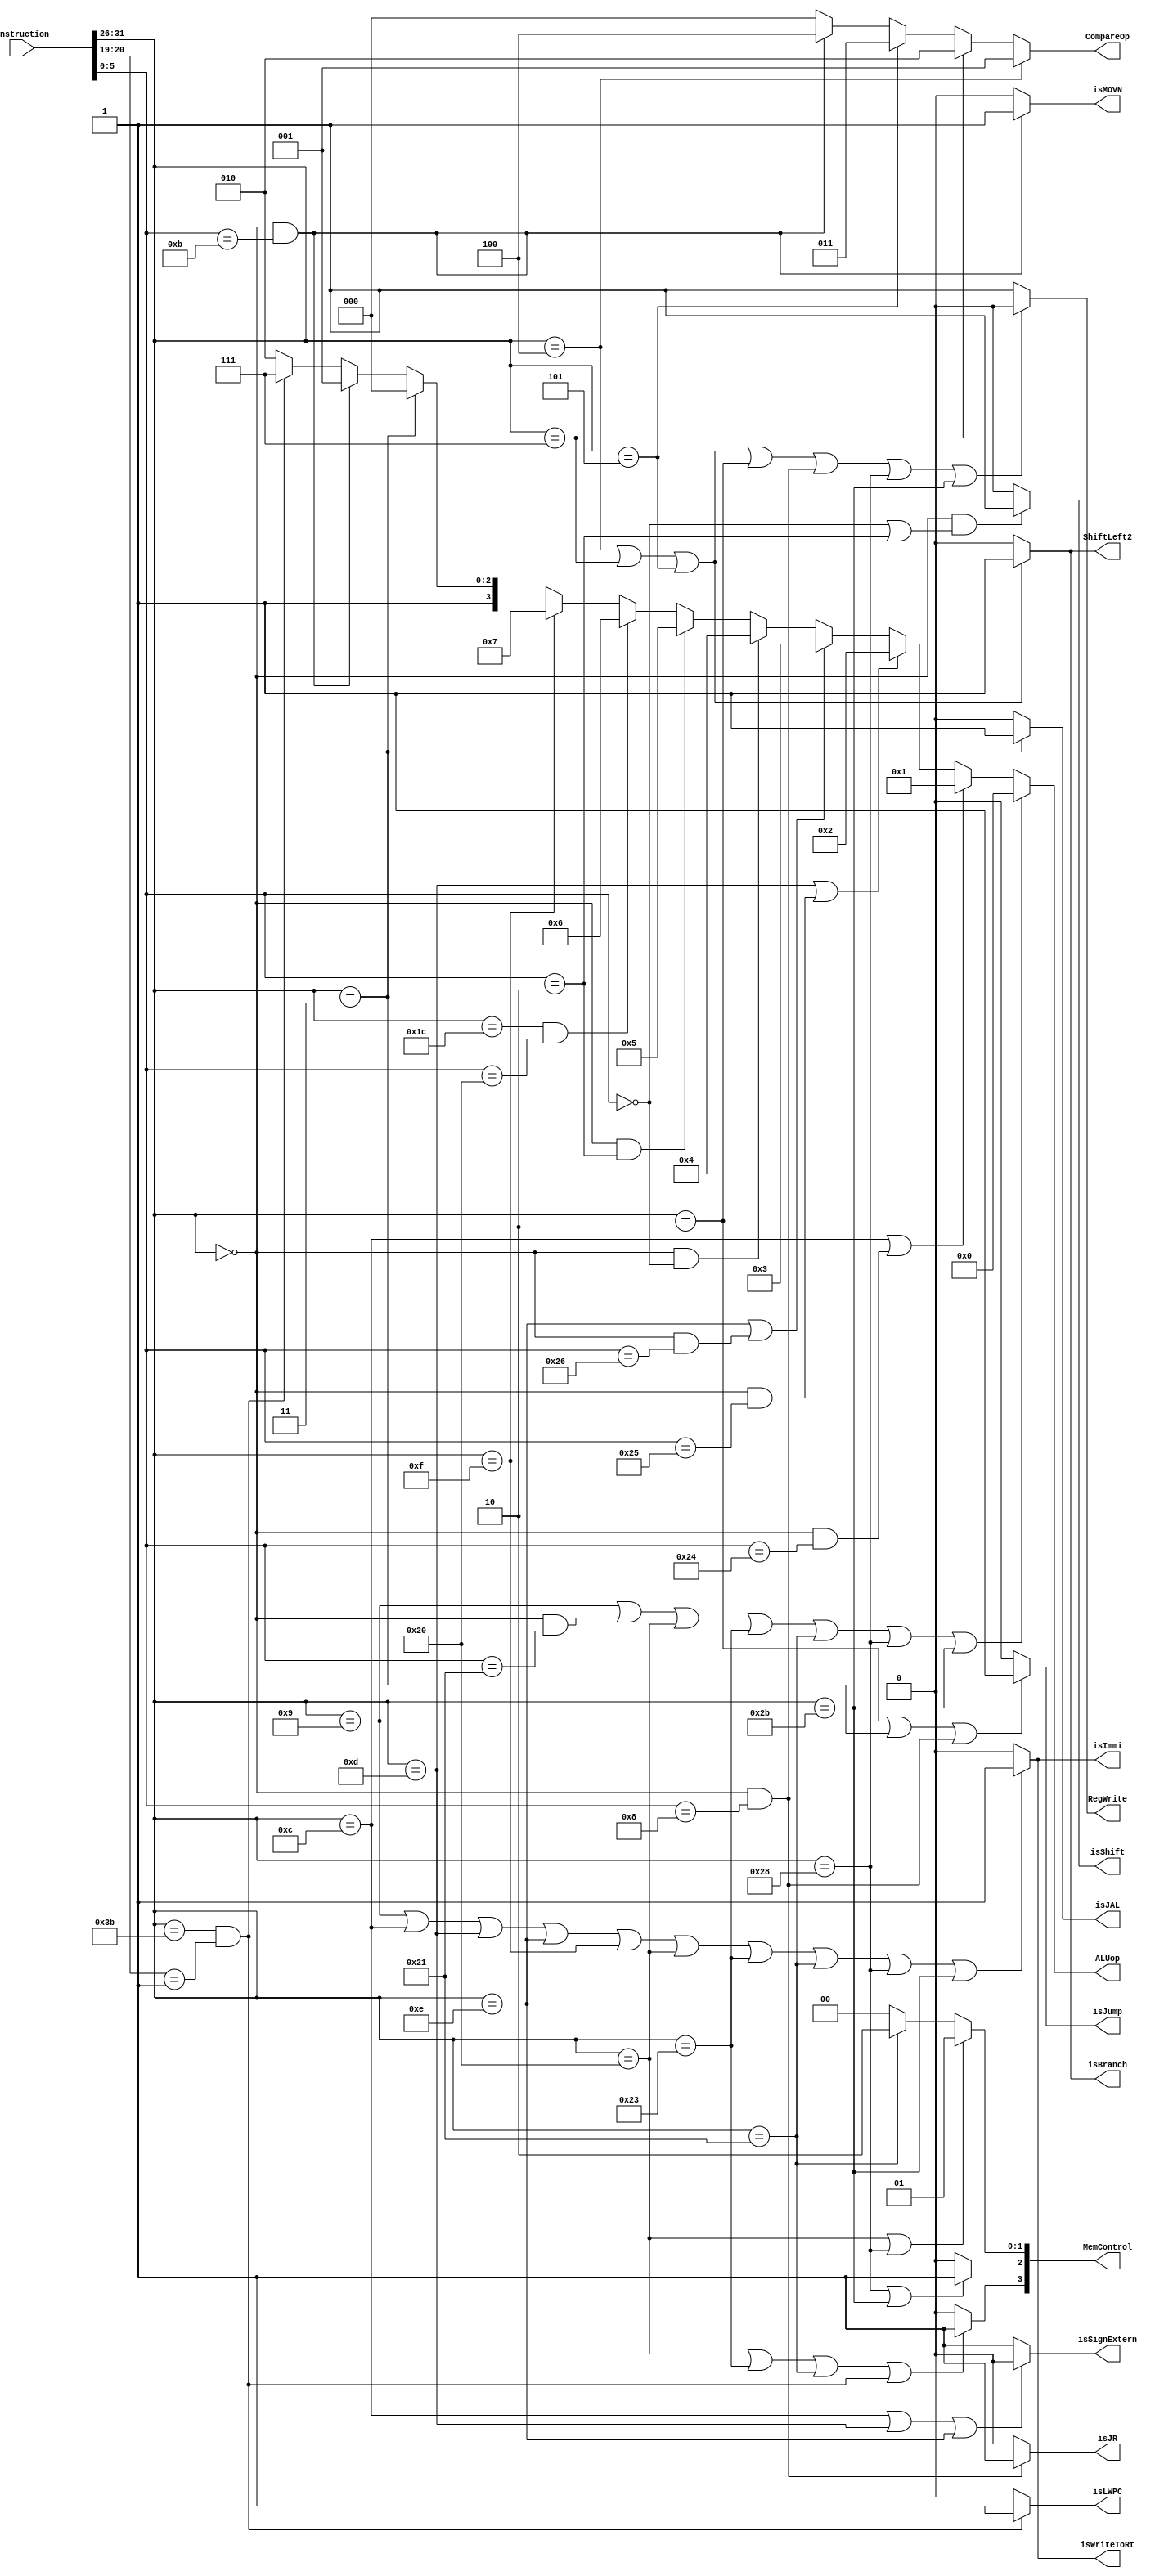
`default_nettype wire

// Op
`define ADDIU 6'b001001
`define ANDI  6'b001100
`define ORI   6'b001101
`define XORI  6'b001110
`define LUI   6'b001111
`define CLZ_OP   6'b011100
`define BEQ   6'b000100
`define BGTZ  6'b000111
`define BNE   6'b000101
`define J     6'b000010
`define JAL   6'b000011
`define LB    6'b100000
`define LW    6'b100011
`define LH    6'b100001
`define SB    6'b101000
`define SW    6'b101011
`define LWPC  6'b111011

//func
`define OR    6'b100101
`define XOR   6'b100110
`define ADDU  6'b100001
`define AND   6'b100100
`define CLZ_FUNC  6'b100000
`define SLL   6'b000000
`define SRL   6'b000010
`define JR    6'b001000
`define MOVN  6'b001011


module Controller(
    input [31:0] Instruction,
    output reg isJump,
    output reg isBranch,
    output reg [2:0] CompareOp,
    output reg RegWrite,
    output reg [3:0] MemControl,
    output reg [3:0] ALUop,
    output reg isMOVN,
    output reg isJR,
    output reg isJAL,
    output reg isShift,
    output reg isImmi,
    output reg isWriteToRt,
    output reg ShiftLeft2,
    output reg isSignExtern,
    output reg isLWPC
    );

    wire [5:0] Op;
    wire [5:0] Func;
    wire [1:0] Op2;
    assign Op = Instruction[31:26];
    assign Func = Instruction[5:0];
    assign Op2 = Instruction[20:19];
    reg MemWrite, MemRead;
    reg [1:0] MemLength;

    always @(*) begin
        if (Op==`LWPC && Op2==2'b01) isLWPC = 1'b1;
        else isLWPC = 1'b0;
    end

    always @(*) begin
        if (Op == `J || Op==`JAL || (Op==0 && Func==`JR)) begin
            isJump = 1'b1;
        end else begin
            isJump = 1'b0;
        end
    end

    always @(*) begin
        if (Op==`BEQ || Op==`BGTZ || Op==`BNE) begin
            isBranch = 1'b1;
            ShiftLeft2 = 1'b1;
        end else begin
            isBranch = 1'b0;
            ShiftLeft2 = 1'b0;
        end
    end

    always @(*) begin
        if (Op==`BEQ) CompareOp = 3'b001;
        else if (Op==`BGTZ) CompareOp = 3'b010;
        else if (Op==`BNE) CompareOp = 3'b011;
        else if (Op==0 && Func==`MOVN) CompareOp = 3'b100;
        else CompareOp = 3'b000;
    end

    always @(*) begin
        if (Op==`BEQ || Op==`BGTZ || Op==`BNE || Op==`J || (Op==0 && Func==`JR) || Op==`SB || Op==`SW) begin
            RegWrite = 1'b0;
        end else RegWrite = 1'b1;
    end
    
    always @(*) begin
        if (Op==`SB || Op==`SW) MemWrite = 1'b1;
        else MemWrite = 1'b0;
    end

    always @(*) begin
        if (Op==`LB || Op==`LW || Op==`LH ||(Op==`LWPC && Op2==2'b01)) MemRead = 1'b1;
        else MemRead = 1'b0;
    end

    always @(*) begin
        if (Op==`LB || Op==`SB) MemLength = 2'b01;
        else if (Op==`LH) MemLength = 2'b10;
        else MemLength = 2'b00;
    end

    always @(*) begin
        MemControl[3:0] = { MemRead, MemWrite, MemLength[1:0] };
    end

    always @(*) begin
        if (Op==`ADDIU || (Op==0 && Func==`ADDU) || Op==`LB || Op==`LW || Op==`LH || Op==`SB || Op==`SW) begin
            ALUop = 4'b0000;
        end else if (Op==`ANDI || (Op==0 && Func==`AND)) begin
            ALUop = 4'b0001;
        end else if (Op==`ORI || (Op==0 && Func==`OR)) begin
            ALUop = 4'b0010;
        end else if (Op==`XORI || (Op==0 && Func==`XOR)) begin
            ALUop = 4'b0011;
        end else if (Op==0 && Func==`SLL) begin
            ALUop = 4'b0100;
        end else if (Op==0 && Func==`SRL) begin
            ALUop = 4'b0101;
        end else if (Op==`CLZ_OP && Func==`CLZ_FUNC) begin
            ALUop = 4'b0110;
        end else if (Op==`LUI) ALUop = 4'b0111;
        else if (Op==`JAL) ALUop = 4'b1000;
        else if (Op==0 && Func==`MOVN) ALUop = 4'b1001;
        else if ((Op==`LWPC && Op2==2'b01)) ALUop =4'b1111;
        else ALUop = 4'b1010;
    end
    
    always @(*) begin
        if (Op==0 && Func==`MOVN) isMOVN = 1'b1;
        else isMOVN = 1'b0;
    end

    always @(*) begin
        if (Op==0 && Func==`JR) isJR = 1'b1;
        else isJR = 1'b0;
    end

    always @(*) begin
        if (Op==`JAL) isJAL = 1'b1;
        else isJAL = 1'b0;
    end

    always @(*) begin
        if (Op==0 && (Func==`SLL || Func==`SRL)) isShift = 1'b1;
        else isShift = 1'b0;
    end

    always @(*) begin
        if (Op==`ADDIU || Op==`ANDI || Op==`ORI || Op==`XORI || Op==`LUI || Op==`LB || Op==`LW || Op==`LH || Op==`SB || Op==`SW) begin
            isImmi = 1'b1;
            isWriteToRt = 1'b1;
        end else begin
            isImmi = 1'b0;
            isWriteToRt = 1'b0;
        end
    end

    always @(*) begin
        if (Op==`ANDI || Op==`ORI || Op==`XORI) isSignExtern = 1'b0;
        else isSignExtern = 1'b1;
    end

endmodule